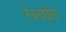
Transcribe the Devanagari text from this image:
रेब्लाईस